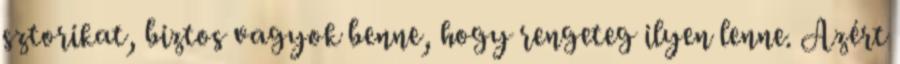
sztorikat, biztos vagyok benne, hogy rengeteg ilyen lenne. Azért